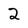
Character: 2